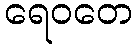
ရေဝတေ